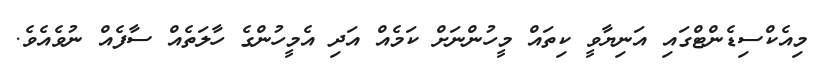
މިއެކްސިޑެންޓްގައި އަނިޔާވީ ކިތައް މީހުންނަށް ކަމެއް އަދި އެމީހުންގެ ހާލަތެއް ސާފެއް ނުވެއެވެ.